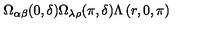
\Omega _ { \alpha \beta } ( 0 , \delta ) \Omega _ { \lambda \rho } ( \pi , \delta ) \Lambda \left( r , 0 , \pi \right)